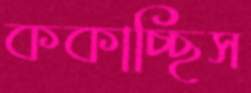
ককাচ্ছিস